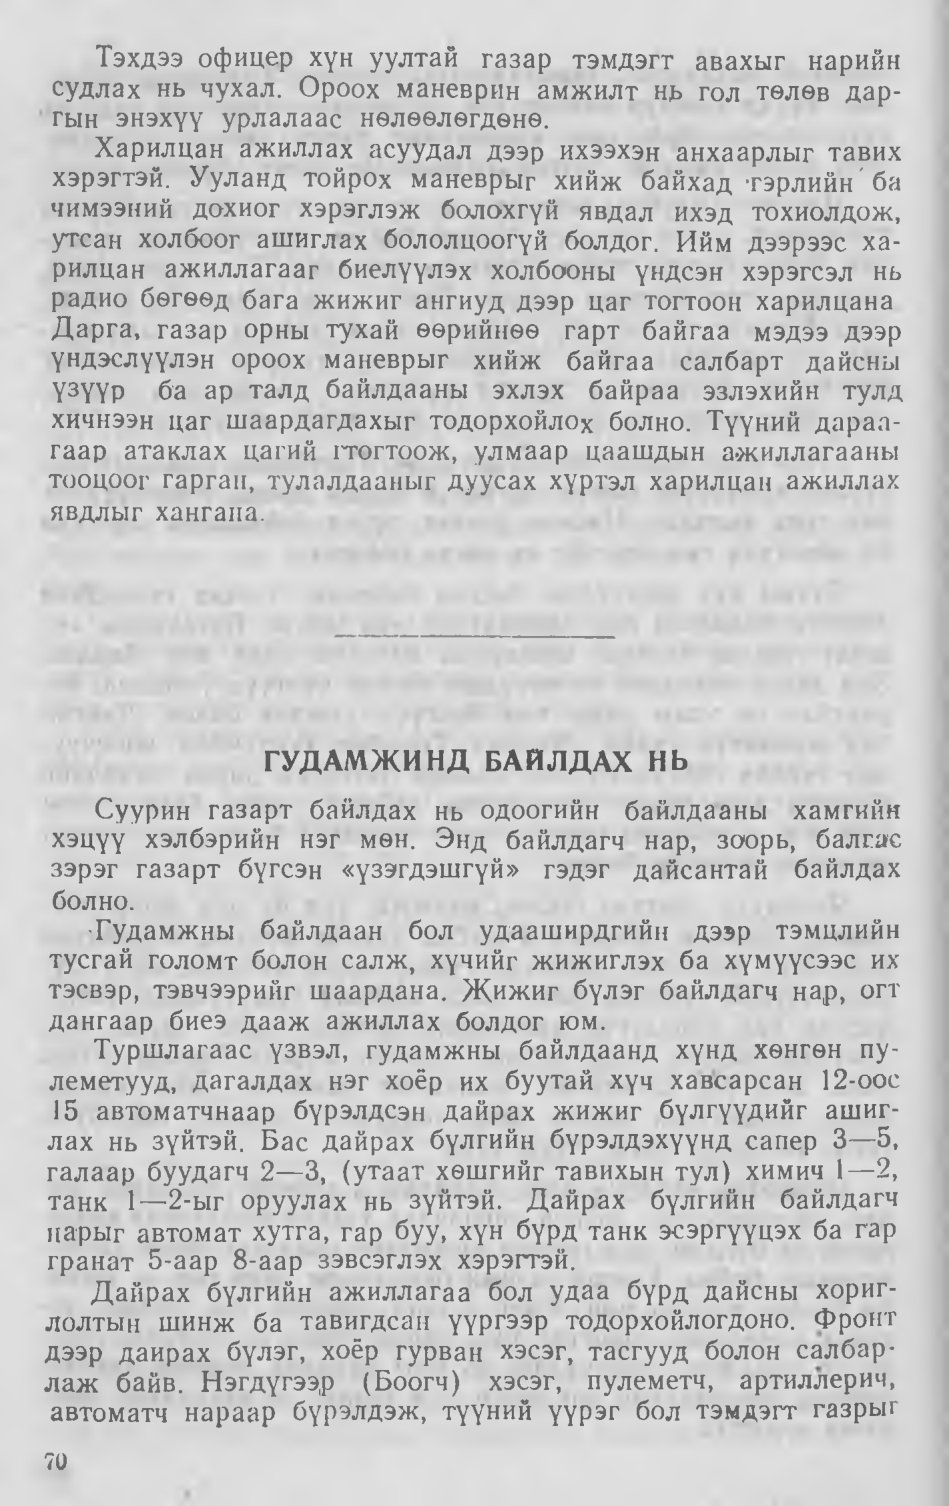
Language: mn